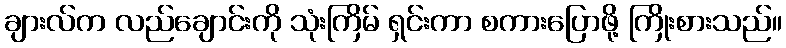
ချားလ်က လည်ချောင်းကို သုံးကြိမ် ရှင်းကာ စကားပြောဖို့ ကြိုးစားသည်။